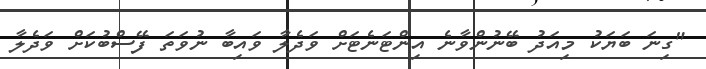
"ގިނަ ބަޔަކު މިއަދު ބޭނުންވާނެ އިންޓަނެޓަށް ވަދެލާ ވައިބާ ނުވަތަ ފޭސްބުކަށް ވަދެލާ